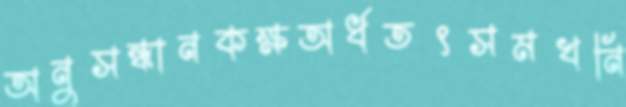
অনুসন্ধানকক্ষঅর্ধতৎসমখনি